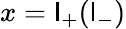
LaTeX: x=\mathsf{l}_{+}(\mathsf{l}_{-})